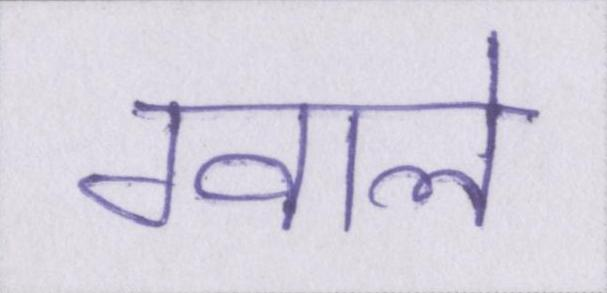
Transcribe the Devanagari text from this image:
ग्वाले